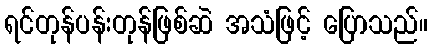
ရင်တုန်ပန်းတုန်ဖြစ်ဆဲ အသံဖြင့် ပြောသည်။